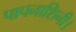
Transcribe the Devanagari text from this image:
पापनाशिनी।